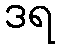
ဒရ